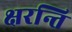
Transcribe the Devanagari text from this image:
क्षरन्ति